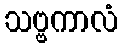
သဗ္ဗကာလံ